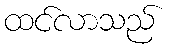
ထင်လာသည်